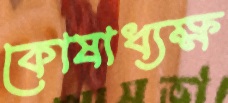
কোষাধ্যক্ষ